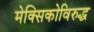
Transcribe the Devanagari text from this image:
मेक्सिकोविरुद्ध